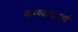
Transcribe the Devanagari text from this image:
करण्याकरतां